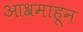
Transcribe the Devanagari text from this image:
आश्रमाहून